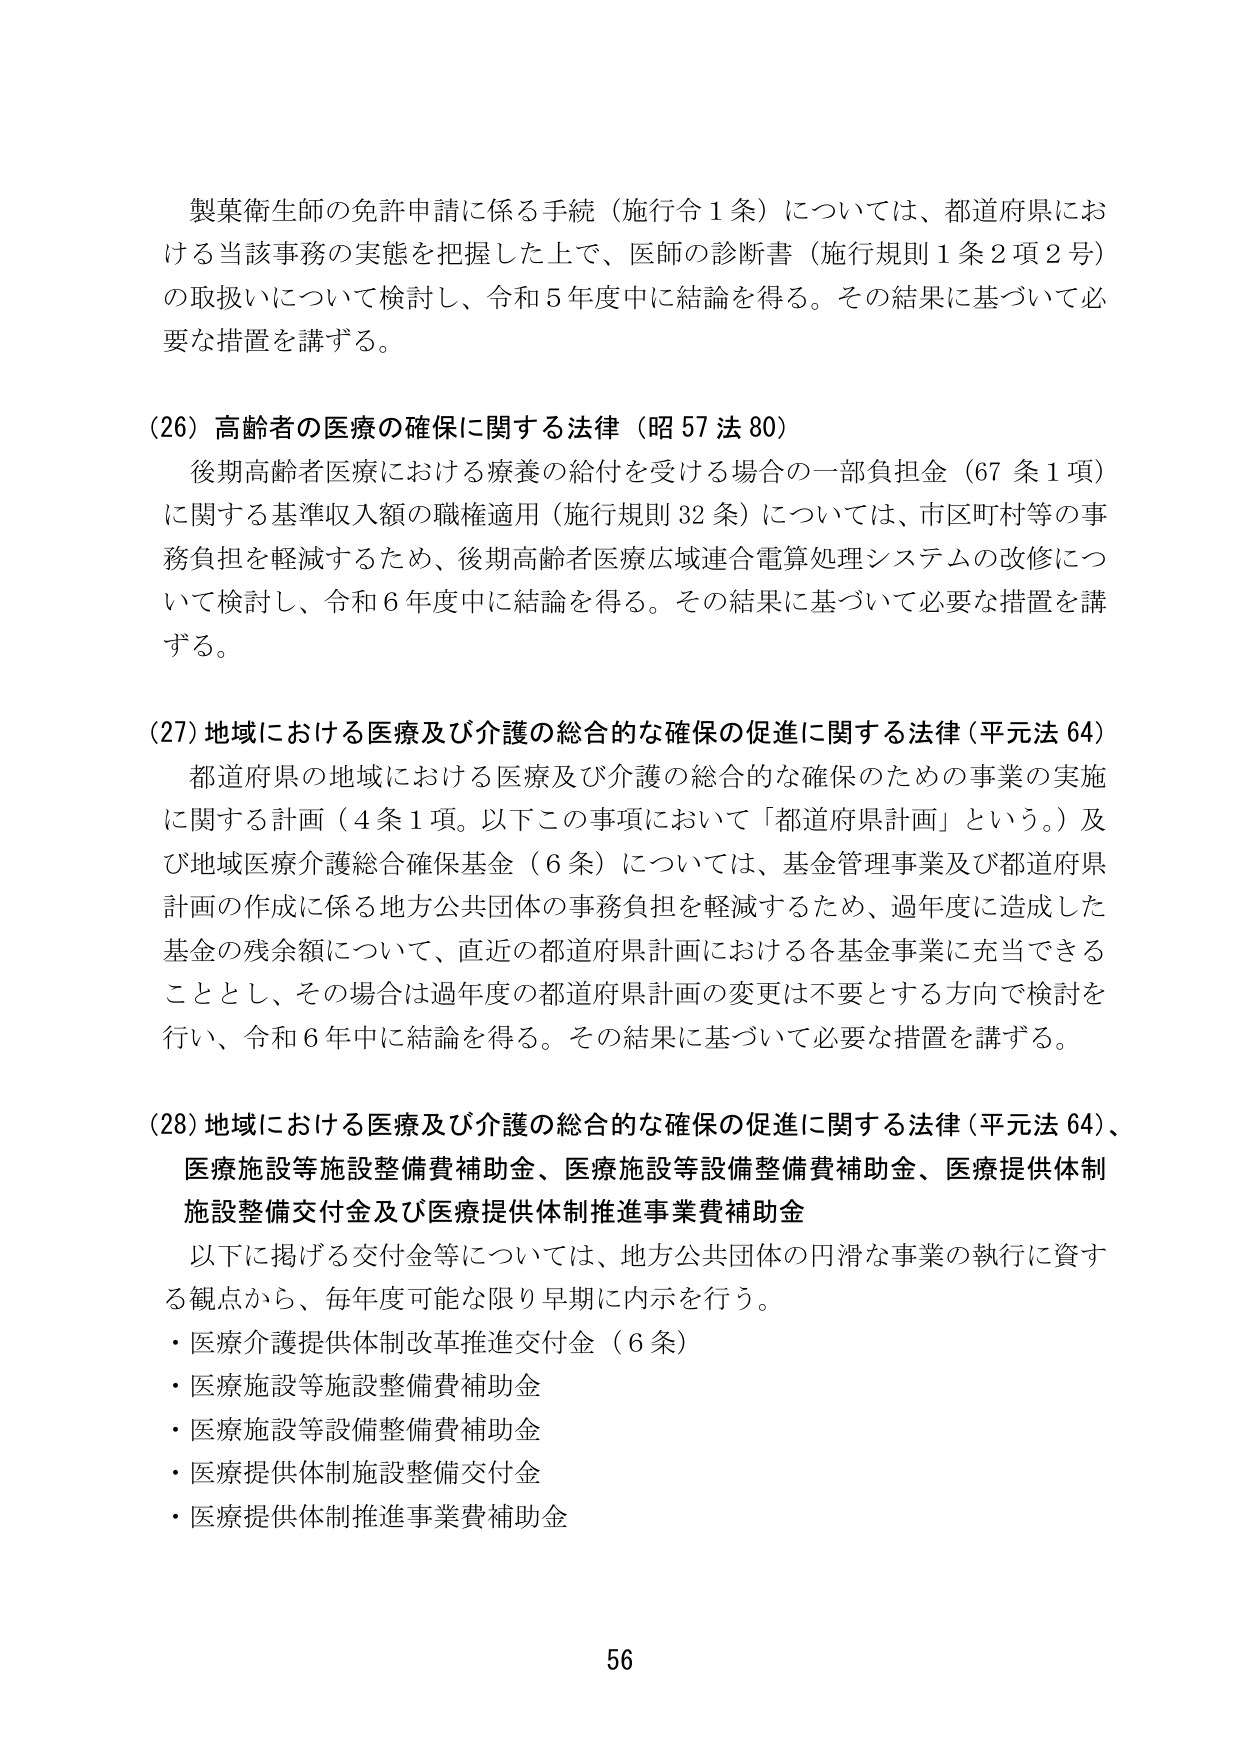
製薬衛生師の免許申請に係る手続（施行令１条）については、都道府県における当該事務の実態を把握した上で、医師の診断書（施行規則１条２項２号）の取扱いについて検討し、令和５年度中に結論を得る。その結果に基づいて必要な措置を講ずる。

(26) 高齢者の医療の確保に関する法律（昭57法80）
後期高齢者医療における療養の給付を受ける場合の一部負担金（67条1項）に関する基準収入額の職権適用（施行規則32条）については、市区町村等の事務負担を軽減するため、後期高齢者医療広域連合電算処理システムの改修について検討し、令和６年度中に結論を得る。その結果に基づいて必要な措置を講ずる。

(27) 地域における医療及び介護の総合的な確保の促進に関する法律（平元法64）
都道府県の地域における医療及び介護の総合的な確保のための事業の実施に関する計画（4条1項。以下この事項において「都道府県計画」という。）及び地域医療介護総合確保基金（6条）については、基金管理事業及び都道府県計画の作成に係る地方公共団体の事務負担を軽減するため、過年度に造成した基金の残余額について、直近の都道府県計画における各基金事業に充当できることとし、その場合は過年度の都道府県計画の変更は不要とする方向で検討を行い、令和６年中に結論を得る。その結果に基づいて必要な措置を講ずる。

(28) 地域における医療及び介護の総合的な確保の促進に関する法律（平元法64）、医療施設等施設整備費補助金、医療施設等設備整備費補助金、医療提供体制施設整備交付金及び医療提供体制推進事業費補助金
以下に掲げる交付金等については、地方公共団体の円滑な事業の執行に資する観点から、毎年度可能な限り早期に内示を行う。
・医療介護提供体制改革推進交付金（6条）
・医療施設等施設整備費補助金
・医療施設等設備整備費補助金
・医療提供体制施設整備交付金
・医療提供体制推進事業費補助金

56